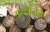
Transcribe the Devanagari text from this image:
यस्यानेक